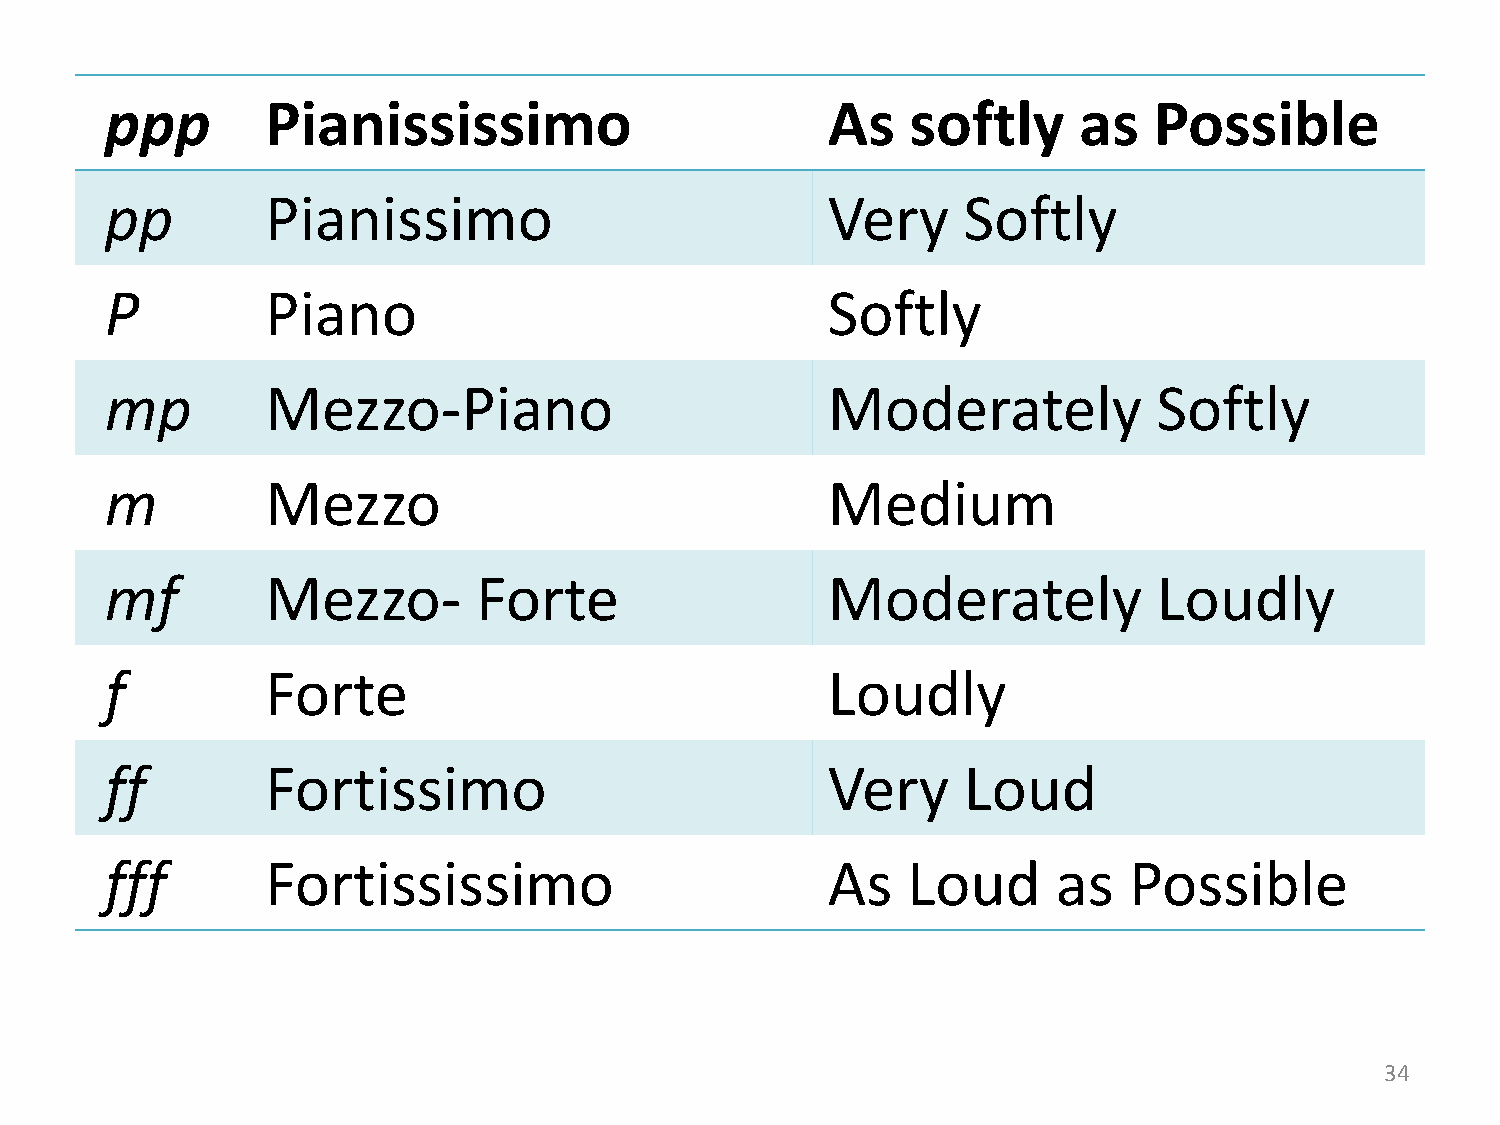
ppp        Pianississimo                        As   softly     as   Possible
 pp         Pianissimo                           Very     Softly
 P          Piano                                Softly
 mp         Mezzo-Piano                          Moderately            Softly
 m          Mezzo                                Medium
 mf         Mezzo-        Forte                  Moderately            Loudly
 f          Forte                                Loudly
 ff         Fortissimo                           Very     Loud
 fff        Fortississimo                        As   Loud      as   Possible
 34